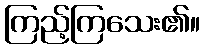
ကြည့်ကြသေး၏။